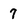
Character: 7